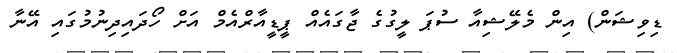
ޑިވިޝަން) އިން މެލޭޝިއާ ސުޕަ ލީގުގެ ޖާގައެއް ޕީޑީއާރްއެމް އަށް ހޯދައިދިނުމުގައި އޭނާ